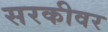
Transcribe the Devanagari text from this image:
सरकीवर